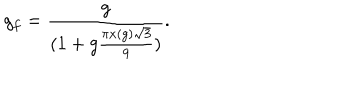
g _ { f } = { \frac { g } { ( 1 + g { \frac { \pi x ( g ) \sqrt { 3 } } { 9 } } ) } } .